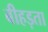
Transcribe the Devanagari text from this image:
बीहड़ता